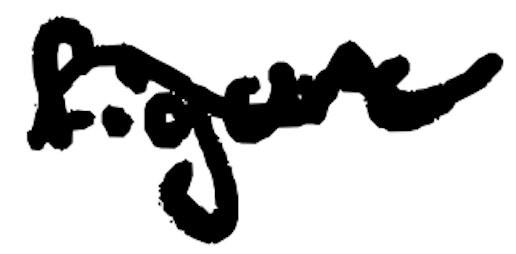
Text: figure
Cross-out: wave
Writing tool: digital_black